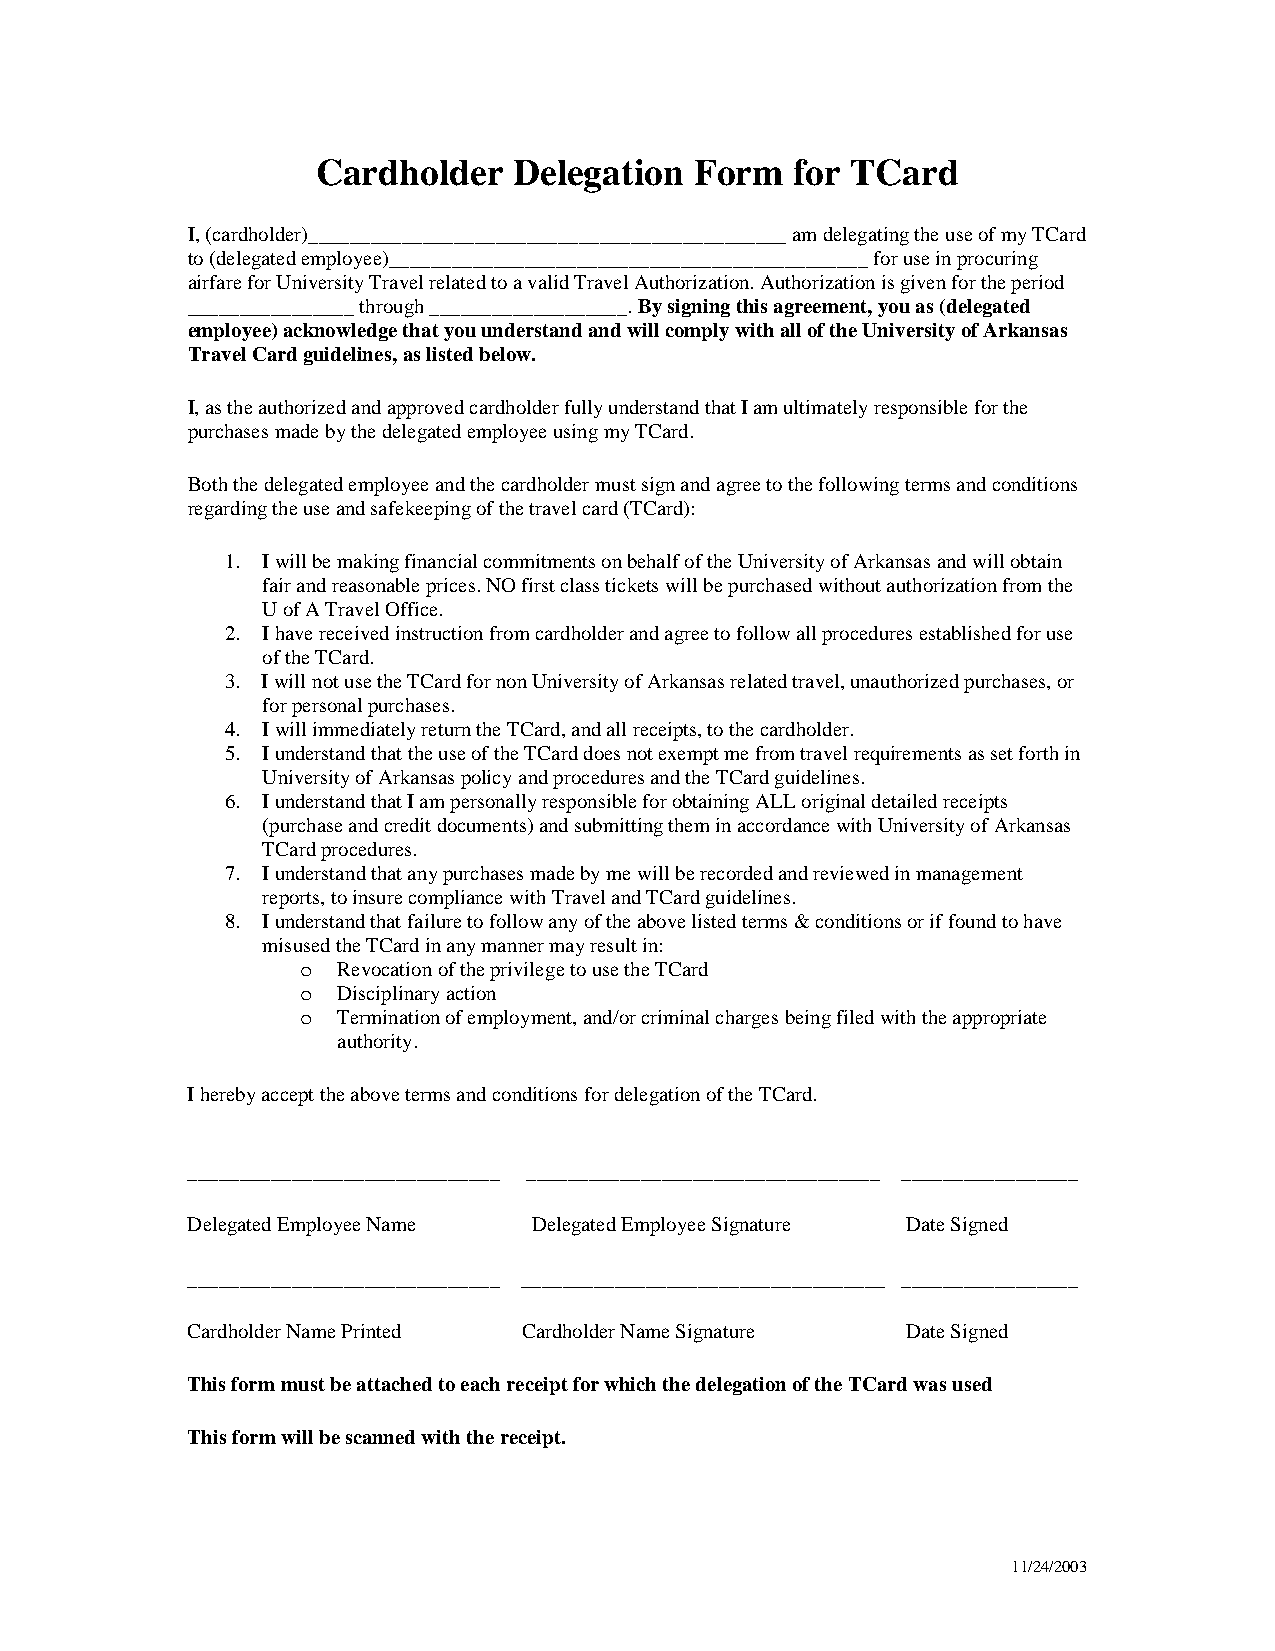
Cardholder   Delegation  Form  for TCard
 I, (cardholder)______________________________________________ am delegating the use of my TCard
 to (delegated employee)______________________________________________ for use in procuring
 airfare for University Travel related to a valid Travel Authorization. Authorization is given for the period
 ________________ through ___________________. By signing this agreement, you as (delegated
 employee) acknowledge that you understand and will comply with all of the University of Arkansas
 Travel Card guidelines, as listed below.
 I, as the authorized and approved cardholder fully understand that I am ultimately responsible for the
 purchases made by the delegated employee using my TCard.
 Both the delegated employee and the cardholder must sign and agree to the following terms and conditions
 regarding the use and safekeeping of the travel card (TCard):
 1. I will be making financial commitments on behalf of the University of Arkansas and will obtain
 fair and reasonable prices. NO first class tickets will be purchased without authorization from the
 U of A Travel Office.
 2. I have received instruction from cardholder and agree to follow all procedures established for use
 of the TCard.
 3. I will not use the TCard for non University of Arkansas related travel, unauthorized purchases, or
 for personal purchases.
 4. I will immediately return the TCard, and all receipts, to the cardholder.
 5. I understand that the use of the TCard does not exempt me from travel requirements as set forth in
 University of Arkansas policy and procedures and the TCard guidelines.
 6. I understand that I am personally responsible for obtaining ALL original detailed receipts
 (purchase and credit documents) and submitting them in accordance with University of Arkansas
 TCard procedures.
 7. I understand that any purchases made by me will be recorded and reviewed in management
 reports, to insure compliance with Travel and TCard guidelines.
 8. I understand that failure to follow any of the above listed terms & conditions or if found to have
 misused the TCard in any manner may result in:
 o Revocation of the privilege to use the TCard
 o Disciplinary action
 o Termination of employment, and/or criminal charges being filed with the appropriate
 authority.
 I hereby accept the above terms and conditions for delegation of the TCard.
 ______________________________ __________________________________ _________________
 Delegated Employee Name Delegated Employee Signature Date Signed
 ______________________________ ___________________________________ _________________
 Cardholder Name Printed Cardholder Name Signature Date Signed
 This form must be attached to each receipt for which the delegation of the TCard was used
 This form will be scanned with the receipt.
 11/24/2003